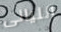
الليالى